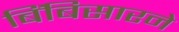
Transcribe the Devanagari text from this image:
बिंबिसारने